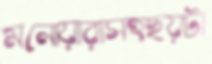
মনোয়ারাসহছয়টা